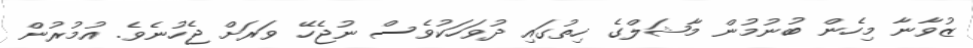
ޒުވާނާ މިހެން ބުނުމުން މާޝަލްގެ ހިތުގައި ދުވަހަކުވެސް ނުޖެހޭ ވަރަށް ޖެހުނެވެ. އުމުރުން